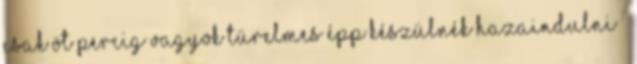
csak öt percig vagyok türelmes Épp készülnék hazaindulni –